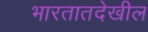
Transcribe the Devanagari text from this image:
भारतातदेखील